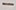
Text: -